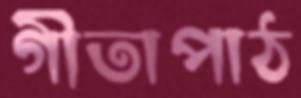
গীতাপাঠ